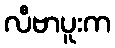
လီဗာပူးက